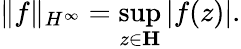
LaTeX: \| f\| _{H^{\infty}}=\operatorname*{sup}_{z\in\mathbf{H}}|f(z)|.